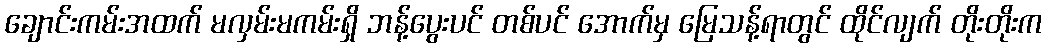
ချောင်းကမ်းအထက် မလှမ်းမကမ်းရှိ ဘန့်ပွေးပင် တစ်ပင် အောက်မှ မြေသန့်ရာတွင် ထိုင်လျက် တိုးတိုးက